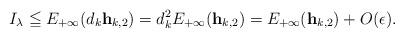
LaTeX: \begin{align*}I_\lambda\leqq E_{+\infty}(d_k {\bf{h}}_{k,2})=d^2_k E_{+\infty}({\bf{h}}_{k,2})= E_{+\infty}({\bf{h}}_{k,2})+ O(\epsilon).\end{align*}